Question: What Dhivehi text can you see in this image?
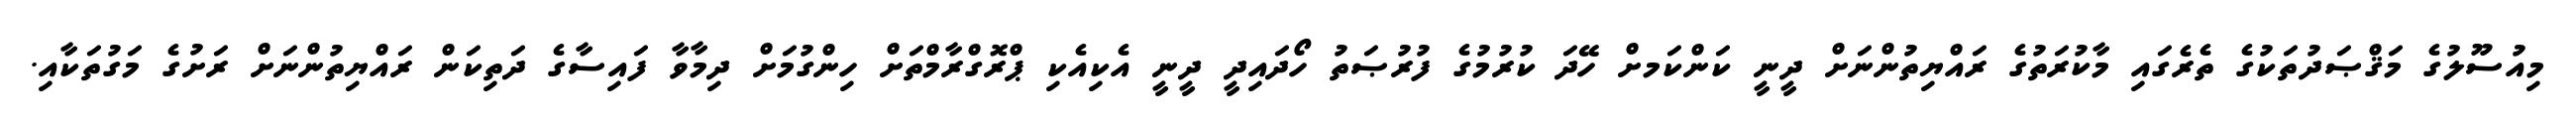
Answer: މިއުސޫލުގެ މަޤްޞަދުތަކުގެ ތެރެގައި މާކުރަތުގެ ރައްޔިތުންނަށް ދީނީ ކަންކަމށް ހޭދަ ކުރުމުގެ ފުރުޞަތު ހޯދައިދީ ދީނީ އެކިއެކި ޕްރޮގްރާމްތަށް ހިންގުމަށް ދިމާވާ ފައިސާގެ ދަތިކަން ރައްޔިތުންނަށް ރަށުގެ މަގުތަކާއި.